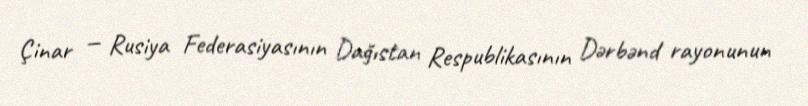
Çinar — Rusiya Federasiyasının Dağıstan Respublikasının Dərbənd rayonunun